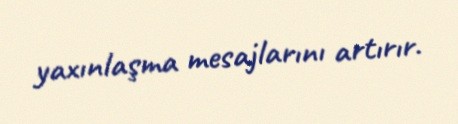
yaxınlaşma mesajlarını artırır.